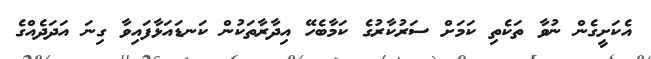
އެކަށީގެން ނުވާ ތަކެތި ކަމަށް ސަރުކާރުގެ ކަމާބެހޭ އިދާރާތަކުން ކަނޑައަޅާފައިވާ ގިނަ އަދަދެއްގެ